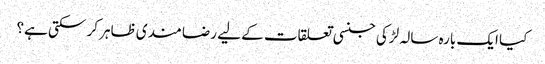
کیا ایک بارہ سالہ لڑکی جنسی تعلقات کے لیے رضا مندی ظاہر کر سکتی ہے؟